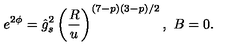
e ^ { 2 \phi } = \hat { g } _ { s } ^ { 2 } \left( \frac { R } { u } \right) ^ { ( 7 - p ) ( 3 - p ) / 2 } , \ B = 0 .